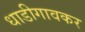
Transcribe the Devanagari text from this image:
धाडीगावकर